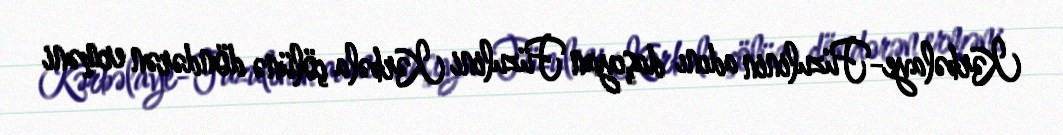
Kərbəlaye-Füzulinin adını daşıyan Füzulini Kərbəla çölünə döndərən erməni